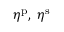
\eta ^ { \mathrm { p } } , \; \eta ^ { \mathrm { s } }